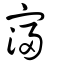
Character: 寖